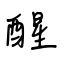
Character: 醒